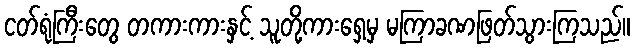
ငတ်ရုံကြီးတွေ တကားကားနှင့် သူတို့ကားရှေ့မှ မကြာခဏဖြတ်သွားကြသည်။